King Institute of Preventive Medicine Bacteriolog. Section reports 1907-08
Year: 1907
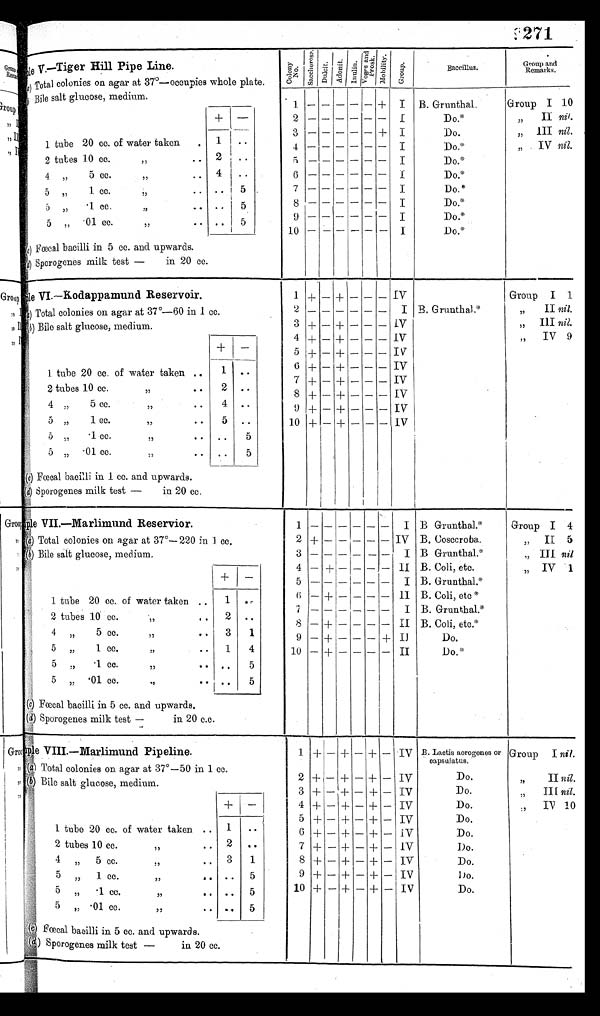
271
sample v.—Tiger Hill Pipe Line.
(a)Total
colonies on agar at 37°—occupies whole plate.
Bile salt glucose, medium.
+ -
1 tube of 20 cc. of water taken .
1 ..
1
2
2 tubes of 10 cc.
,,
2 ..
4 , , 5 cc. , , , , 4 . .
5 , , 1 C C . , , , , . . 5
5 , , • 1 C C , , , , . . 5
5
5 „
•01 cc.
,,
,,
.. 5
Faecal bacilli in 5 cc. and upwards.
Sporogenes milk test —
in 20 cc.
col ony
No. s a c c h e r o s e .
D u l i t .
A d o n i t .
I n u l i n .
V o g e s a n d p r o s k . M o b i l i t y .
G r o u p .
Baccillus.
Group and
Remarks.
Group I 10
,,
II nil., ,
Ill nil.
„
IV nil.
1
2
3
4
5
6
7
8 9
1 0
— — — — — —
——
— —
— — — — — — —
——
—
— — — — — — —
——
—
— — — — — — —
——
—
— — — — — — —
——
—
+ — + — — — — — — —
B. Grunthal.
Do.*
Do.
Do.'
D o . *
D o . *
D o . *
Do.*
Do.*
Do.*
I
1
I
I
I
I
I
I
I
le VI.—Kodappamund Reservoir.
Total colonies on agar at 37°-60 in 1 cc.
b) Bile salt glucose, medium.
+
-
1 tube of 20 cc. of water taken ..
1 ..
2 tubes of 10 cc.
,,
2 ..
4 , , 5 cc. , , , , 4 . .
5 ,,
1 CC. ,,
,,
5
..
5 , , • 1 C C , , , , . .
5
5 „
•01 cc.
,,
,,
.. 5
(c) Fœcal bacilli in 1 cc. and upwards.
Sporogenes milk test —
in 20 cc.
1
2
3
4
5
6
7
8
9
10
+ — + + + + + + + +
— — — — — — —
—— — + —
+
+
+ +
+
+ + +
— — — — — — — —
— —
— — — — — — — —
— —
— — — — — — — —
— —
IV
I
I V
I V
IV
IV
IV
IV
IV
IV
B. G runth al
Group I 1
„
II nil.
„
IlI nil.
,, IV 9
sample VII.-Marlimund Reservior.
Total colonies on agar at 37°— 220 in 1 cc.
Bile salt glucose, medium.
1 tube of 20 cc. of water taken ..
1
. .
2 tubes of 10 cc.
,,
2 ..
4 , , 5 cc. , , , , 4 . .
5 , , 1 C C . , , , , 5 . .
5 , , • 1 C C , , , , . 5 .
5
5 „
•01 cc. ,,
,,
..
5
(c) Fœcal bacilli in 5 cc. and upwards.
( d ) S p o r o g e n e s m i l k t e s t — i n 2 0 c . c .
1 2 3 4 5 6 7 8
9
1 0
— + — — — — — —
— —
— — — + — + — +
+ +
— — — — — — — —
—
—
— — — — — — — —
—
—
— — — — — — — —
—
—
— — — — — — — —
—+
I
IV
I
II
I
11
I
II
II
II
B Grunthal.*
B. Coscoroba.
B Grunthal.*
B. Coli, etc
B. Grunthal.*
B. Coli, etc*
B. Grunthal.*
B. CA etc.*
Do.
D o . *
Group I 4
„
II 5
„ III nil
,, IV 1
sample VIII.—Marlimund Pipeline.
(a) Total colonies on agar at 37°-50 in 1 cc.
(b) Bile salt glucose, medium.
1 tube of 20 cc. of water taken ..
1
. .
2 tubes of 10 cc.
,,
2 ..
4 , , 5 cc. , , , , 4 . .
5 , , 1 CC. , , , , 5 . .
5 , , • 1 C C , , , , . 5 .
5
5 „
•01 cc. ,,
,,
..
5
(c) Fœcal bacilli in 5 cc. and upwards.
(d) Sporogenes milk test —
in 20 cc.
1 2 3 4 5 6
7 8 9
1 0
+
+
+
+
+
+
+
+
+
+
— — — — — — — —
——
+
+
+
+
+
+
+
+
+
+
— — — — — — — —
——
+
+
+
+
+
+
+
+
+ +
— — — — — — — —
— —
IV
IV
IV
IV
IV
IV
IV
IV
IV
IV
B. Lactis aerogenes or.
capsulatus.
Do.
Do.
Do
Do.
Do.
Do.
Do.
Do.
Do.
Group I nil.
,,
II nil.
„
III nil.
IN 10